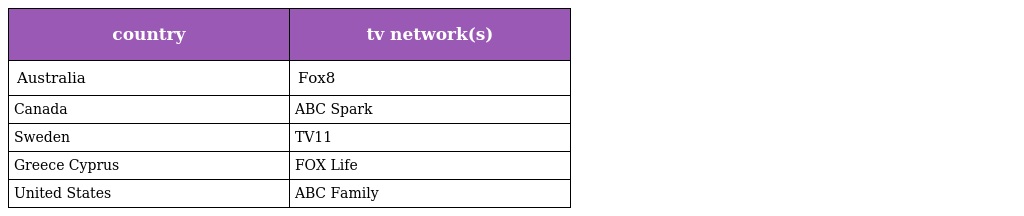
| country | tv network(s) |
 | --- | --- |
 | Australia | Fox8 |
 | Canada | ABC Spark |
 | Sweden | TV11 |
 | Greece Cyprus | FOX Life |
 | United States | ABC Family |